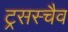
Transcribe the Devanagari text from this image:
ट्रसस्चैव